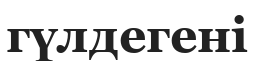
гүлдегені